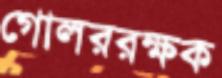
গোলররক্ষক